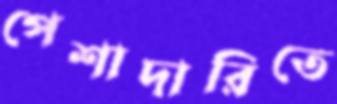
পেশাদারিতে